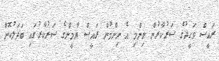
ރައީސް ވަހީދުގެ ސަރުކާރުން ނިންމި އެ ނިންމުން ރައީސް ޔާމީންގެ ސަރުކާރުގައި ބަދަލުކޮށް